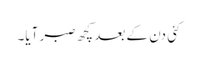
کئی دن کے بعد کچھ صبر آیا۔